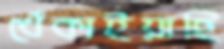
খেঁকাইয়াছি